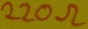
Text: 220Ω